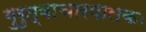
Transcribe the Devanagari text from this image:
गुरुत्वाचारपालकः